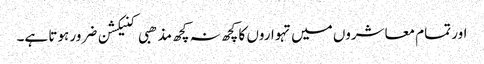
اور تمام معاشروں میں تہواروں کا کچھ نہ کچھ مذھبی کنیکشن ضرور ہوتا ہے۔